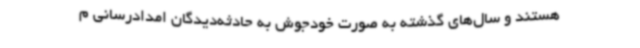
هستند و سال‌های گذشته به صورت خودجوش به حادثه‌دیدگان امدادرسانی م